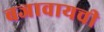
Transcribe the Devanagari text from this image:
बजावायची